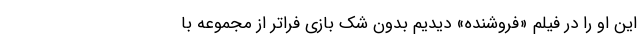
این او را در فیلم «فروشنده» دیدیم بدون شک بازی فراتر از مجموعه با